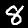
Label: 8